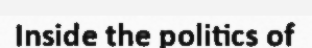
Inside the politics of